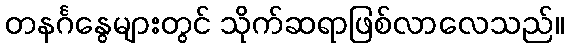
တနင်္ဂနွေများတွင် သိုက်ဆရာဖြစ်လာလေသည်။